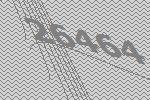
26464